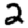
Digit: 2